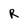
Character: R